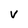
Character: V